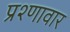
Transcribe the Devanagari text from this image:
प्रश्णावार